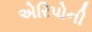
એરિપોની